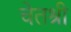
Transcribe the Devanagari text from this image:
चेतश्री